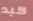
كبد